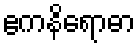
ဧကနိရောဓာ